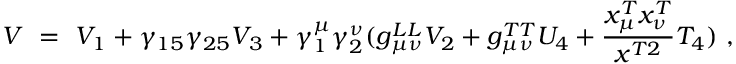
V \ = \ V _ { 1 } + \gamma _ { 1 5 } \gamma _ { 2 5 } V _ { 3 } + \gamma _ { 1 } ^ { \mu } \gamma _ { 2 } ^ { \nu } ( g _ { \mu \nu } ^ { L L } V _ { 2 } + g _ { \mu \nu } ^ { T T } U _ { 4 } + \frac { x _ { \mu } ^ { T } x _ { \nu } ^ { T } } { x ^ { T 2 } } T _ { 4 } ) \ ,